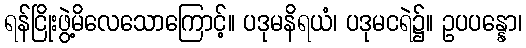
ရန်ငြိုးဖွဲ့မိလေသောကြောင့်။ ပဒုမနိရယံ၊ ပဒုမငရဲ၌။ ဥပပန္နော၊